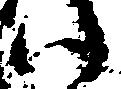
い